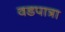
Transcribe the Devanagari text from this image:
वडपात्रा